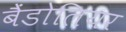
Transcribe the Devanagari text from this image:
बैंडोलियर